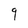
Character: 9